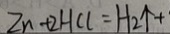
Z n + 2 H C l = H _ { 2 } \uparrow +